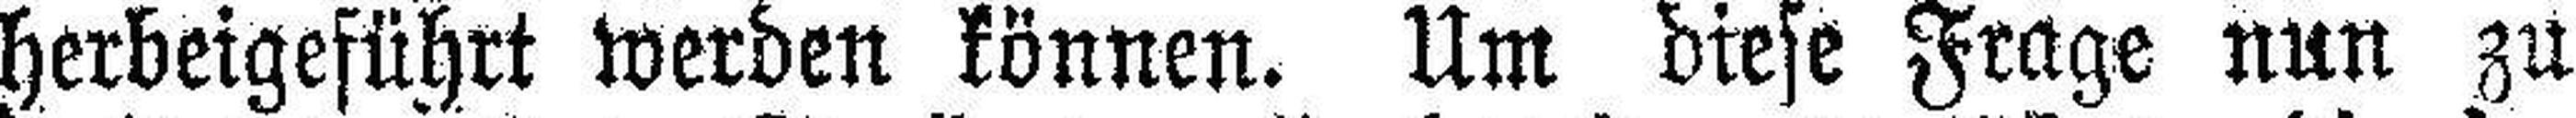
herbeigeführt werden können. Um diese Frage nun zu